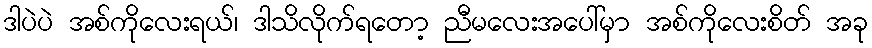
ဒါပဲပဲ အစ်ကိုလေးရယ်၊ ဒါသိလိုက်ရတော့ ညီမလေးအပေါ်မှာ အစ်ကိုလေးစိတ် အခု